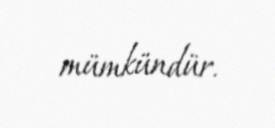
mümkündür.